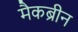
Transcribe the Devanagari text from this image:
मैकब्रीन